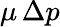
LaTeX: \mu\, \Delta p